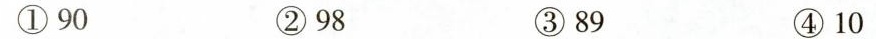
①90 ②98 ③89 ④10